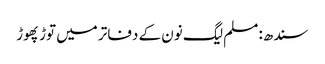
سندھ: مسلم لیگ نون کے دفاتر میں توڑ پھوڑ